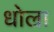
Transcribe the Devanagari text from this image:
धोल्रा